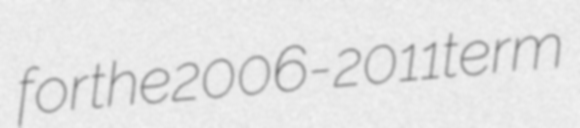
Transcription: for the 2006-2011 term